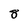
Character: 8